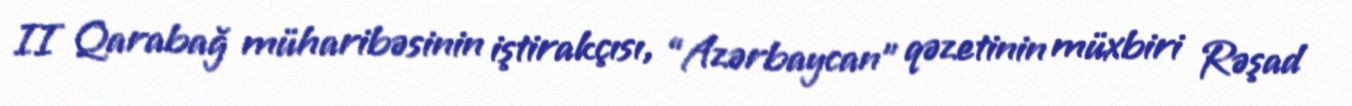
II Qarabağ müharibəsinin iştirakçısı, “Azərbaycan” qəzetinin müxbiri Rəşad